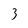
Character: 3